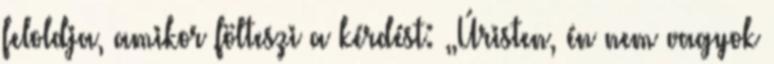
feloldja, amikor fölteszi a kérdést: „Úristen, én nem vagyok